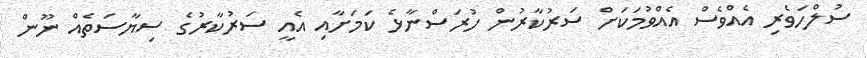
ސުލްހަވެރި އެއްްވެސް އެއްވުމަކަށް ސަރުކާރުން ހުރަސްނާޅެ ކަމަށާއި އެއީ ސަރުކާރުގެ ސިޔާސަތެއް ނޫން